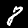
Digit: 8